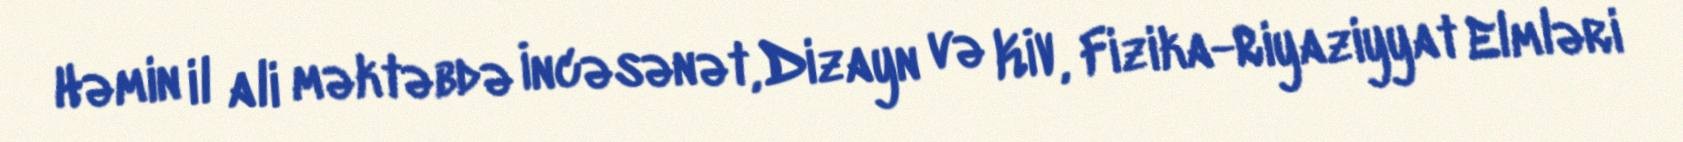
Həmin il ali məktəbdə İncəsənət, Dizayn və KİV, Fizika-Riyaziyyat Elmləri